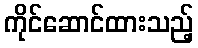
ကိုင်ဆောင်ထားသည့်